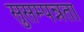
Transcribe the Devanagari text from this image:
सुसम्पन्नता